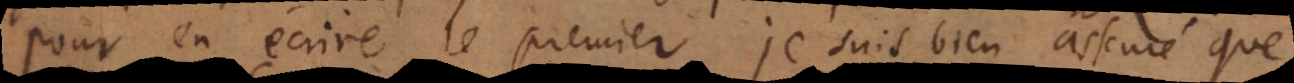
pour en écrire le premier, je suis bien asseuré que